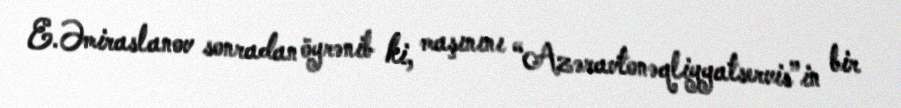
E.Əmiraslanov sonradan öyrənib ki, maşınını “Azəravtonəqliyyatservis”in bir